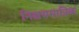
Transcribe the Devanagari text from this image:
निश्चयमात्रिक